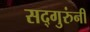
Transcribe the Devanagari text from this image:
सद्गुरुंनी